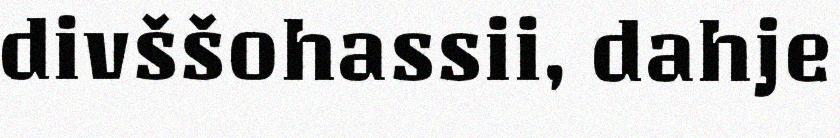
divššohassii, dahje